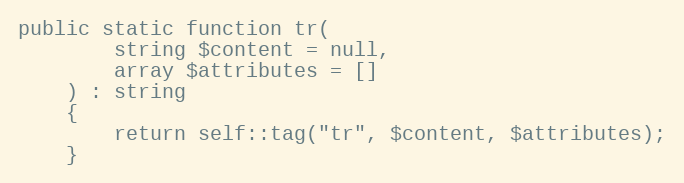
Language: PHP
public static function tr(
        string $content = null,
        array $attributes = []
    ) : string
    {
        return self::tag("tr", $content, $attributes);
    }